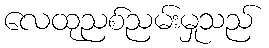
လေထုညစ်ညမ်းမှုသည်